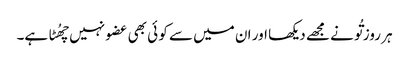
ہر روز تُو نے مجھے دیکھا اور ان میں سے کو ئی بھی عضو نہیں چھُٹا ہے۔